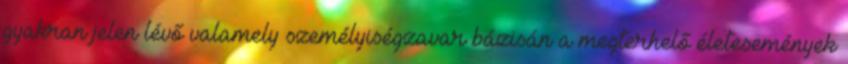
gyakran jelen lévő valamely személyiségzavar bázisán a megterhelő életesemények